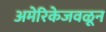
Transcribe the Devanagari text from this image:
अमेरिकेजवळून